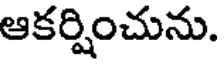
ఆకర్షించును.